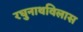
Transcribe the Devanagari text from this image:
रघुनाथविलास